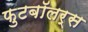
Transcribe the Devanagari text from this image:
फुटबॉलर्स